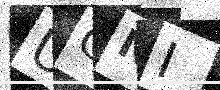
Text: UGNI